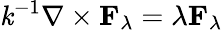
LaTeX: \mathit{k}^{-1}\nabla\times\mathbf{{F}}_{\lambda}=\lambda\mathbf{{F}}_{\lambda}